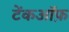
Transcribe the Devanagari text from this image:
टेंकऑफ़